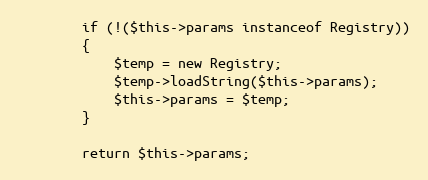
Language: PHP
		if (!($this->params instanceof Registry))
		{
			$temp = new Registry;
			$temp->loadString($this->params);
			$this->params = $temp;
		}

		return $this->params;